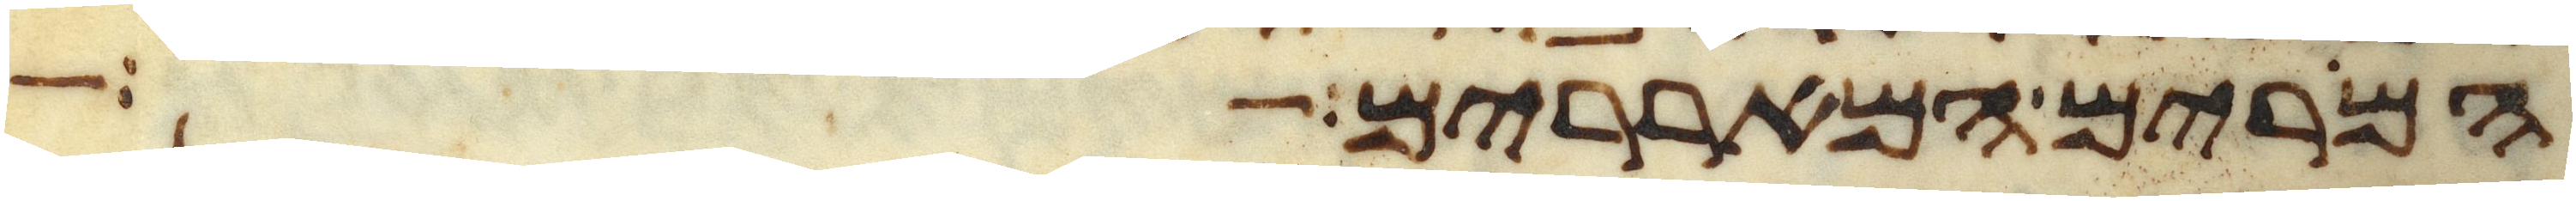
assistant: המרים המאררים